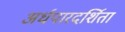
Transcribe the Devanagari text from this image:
अर्धपारदर्शिता